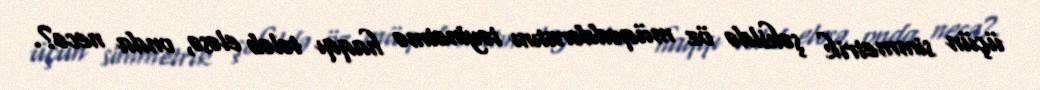
üçün simmetrik şəkildə öz müqəddəratını təyinetmə haqqı tələb eləsə, onda necə?.